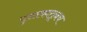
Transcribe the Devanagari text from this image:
पुस्तकातूनच